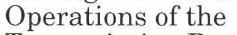
Operations of the